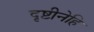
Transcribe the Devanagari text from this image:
दृष्टीनेहि